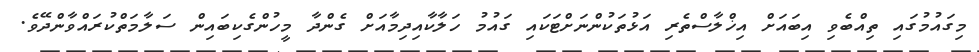
މިގައުމުގައި ތިއްބެވި އިބައަށް އިޚްލާސްތެރި އަޅުތަކުންނަށްޓަކައި ގައުމު ހަލާކާއިދިމާއަށް ގެންދާ މީހުންގެކިބައިން ސަލާމަތްކުރައްވާންދޭވެ.